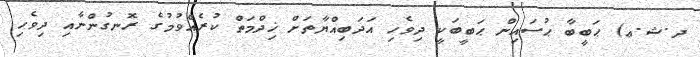
ދ.ޝ.ޢ) ޙަބީބާ ޙުސައިން ޙަބީބަކީ ދިވެހި އަދަބިއްޔާތަށް ޚިދްމަތް ކުރެއްވުމުގެ ރޮނގުންނާއި ދިވެހި